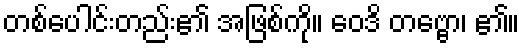
တစ်ပေါင်းတည်း၏ အဖြစ်ကို။ ဝေဒိ တဗ္ဗော၊ ၏။